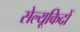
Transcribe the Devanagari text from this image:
सेल्यूकिदों